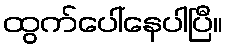
ထွက်ပေါ်နေပါပြီ။